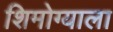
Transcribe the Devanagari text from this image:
शिमोग्याला